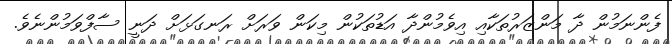
ފެންނަމުން ދާ މަންޒަރުތަކާއި އިވެމުންދާ އަޑުތަކުން މިކަން ވަރަށް ރަނގަޅަށް ދަނީ ސާފްވަމުންނެވެ.